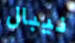
نيبال